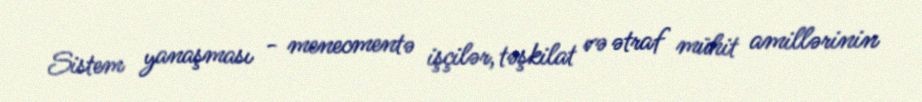
Sistem yanaşması - menecmentə işçilər, təşkilat və ətraf mühit amillərinin